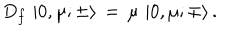
D _ { f } \, \left| 0 , \mu ; \pm \rangle \right. \, = \, \mu \, \left| 0 , \mu ; \mp \rangle \right. .